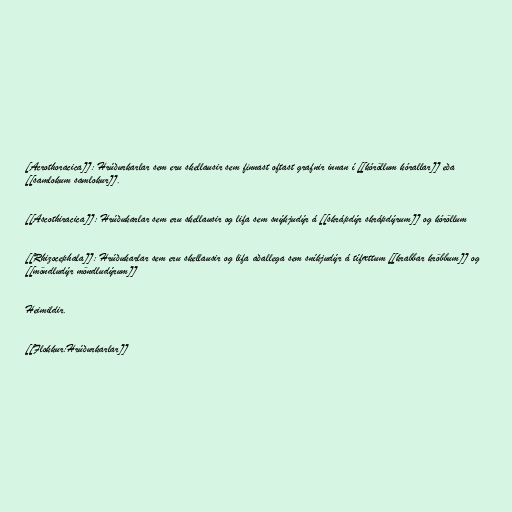
[Acrothoracica]]: Hrúðurkarlar sem eru skellausir sem finnast oftast grafnir innan í [[kóröllum kórallar]] eða
[[samlokum samlokur]].

[[Ascothiracica]]: Hrúðukarlar sem eru skellausir og lifa sem snýkjudýr á [[skrápdýr skrápdýrum]] og kóröllum

[[Rhizocephala]]: Hrúðukarlar sem eru skellausir og lifa aðallega sem sníkjudýr á tífættum [[krabbar kröbbum]] og
[[möndludýr möndludýrum]]

Heimildir.

[[Flokkur:Hrúðurkarlar]]